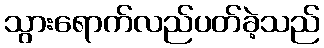
သွားရောက်လည်ပတ်ခဲ့သည်